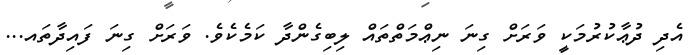
އެދި ދުޢާކުރުމަކީ ވަރަށް ގިނަ ނިޢްމަތްތައް ލިބިގެންދާ ކަމެކެވެ. ވަރަށް ގިނަ ފައިދާތައ...